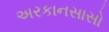
અરકાનસાસો